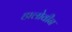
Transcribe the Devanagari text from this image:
हालोवीन